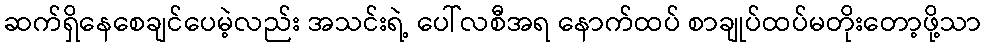
ဆက်ရှိနေစေချင်ပေမဲ့လည်း အသင်းရဲ့ ပေါ်လစီအရ နောက်ထပ် စာချုပ်ထပ်မတိုးတော့ဖို့သာ